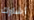
أشارك